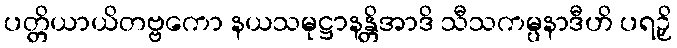
ပတ္တိယာယိတဗ္ဗကော နယသမုဋ္ဌာနန္တိအာဒိ သီသကမ္ပနာဒီဟိ ပရဉှိ